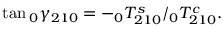
\tan \phantom { } _ { 0 } \gamma _ { 2 1 0 } = - \phantom { } _ { 0 } T _ { 2 1 0 } ^ { s } / \phantom { } _ { 0 } T _ { 2 1 0 } ^ { c } .